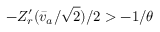
- Z _ { r } ^ { \prime } ( \bar { v } _ { a } / \sqrt { 2 } ) / 2 > - 1 / \theta